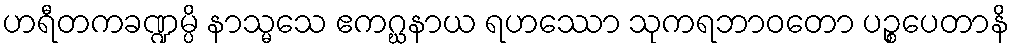
ဟရီတကခဏ္ဍမ္ပိ နာသ္မသေ ဧကဂ္ဃနာယ ရဟဿော သုကရဘာဝတော ပဉ္စပေတာနိ